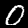
Digit: 0